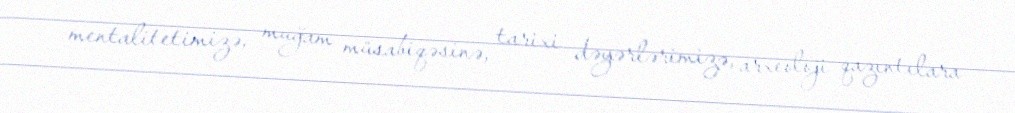
mentalitetimizə, muğam müsabiqəsinə, tarixi dəyərlərimizə, arxeoloji qazıntılara